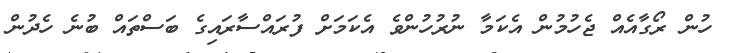
ހުން ރޯގާއެއް ޖެހުމުން އެކަމާ ނުރުހުންވެ އެކަމަށް ފުރައްސާރައިގެ ބަސްތައް ބުނެ ހެދުން